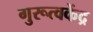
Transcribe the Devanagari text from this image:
गुरूत्वकेंद्र